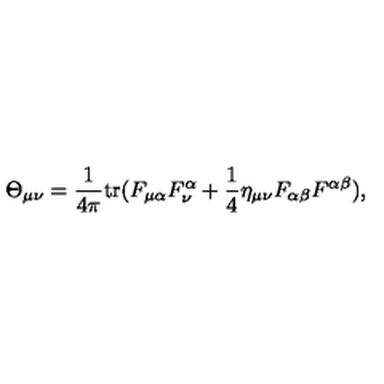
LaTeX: \Theta _ { \mu \nu } = { \frac { 1 } { 4 \pi } } \mathrm { t r } ( F _ { \mu \alpha } F _ { { } \nu } ^ { \alpha } + { \frac { 1 } { 4 } } \eta _ { \mu \nu } F _ { \alpha \beta } F ^ { \alpha \beta } ) ,